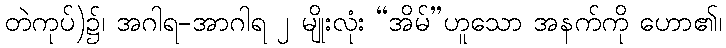
တဲကုပ်)၌၊ အဂါရ-အာဂါရ ၂ မျိုးလုံး “အိမ်”ဟူသော အနက်ကို ဟော၏၊